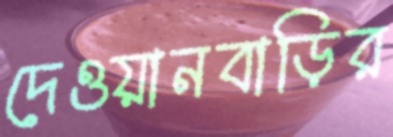
দেওয়ানবাড়ির